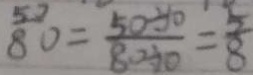
8 0 = \frac { 5 0 \div 1 0 } { 8 0 \div 1 0 } = \frac { 5 } { 8 }